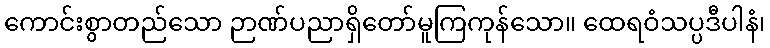
ကောင်းစွာတည်သော ဉာဏ်ပညာရှိတော်မူကြကုန်သော။ ထေရဝံသပ္ပဒီပါနံ၊